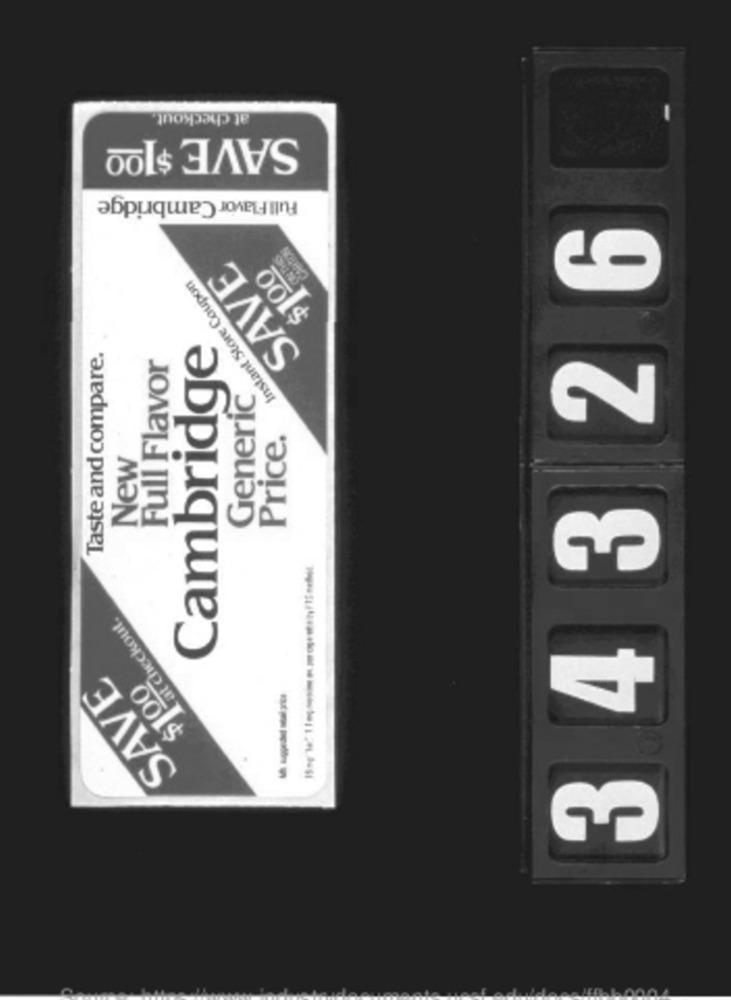
at checkout,
SAVE $100
Full Flavor Cambridge
34326
ARION
SAVE
$100
Instant Store Coupon
Cambridge
Taste and compare.
Full Flavor
Generic
Price.
New
at checkout.
SAVE
$100